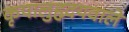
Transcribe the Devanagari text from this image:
कृपालुहृदयवाले